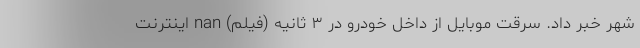
شهر خبر داد. سرقت موبایل از داخل خودرو در ۳ ثانیه (فیلم) nan اینترنت